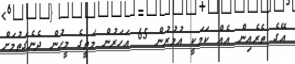
އޭގެ ތެރެއިން އެއް ކަމަކީ އުމުރުން 65 އަހަރުން މަތީގެ މީހުން ދެނެގަތުމަށް